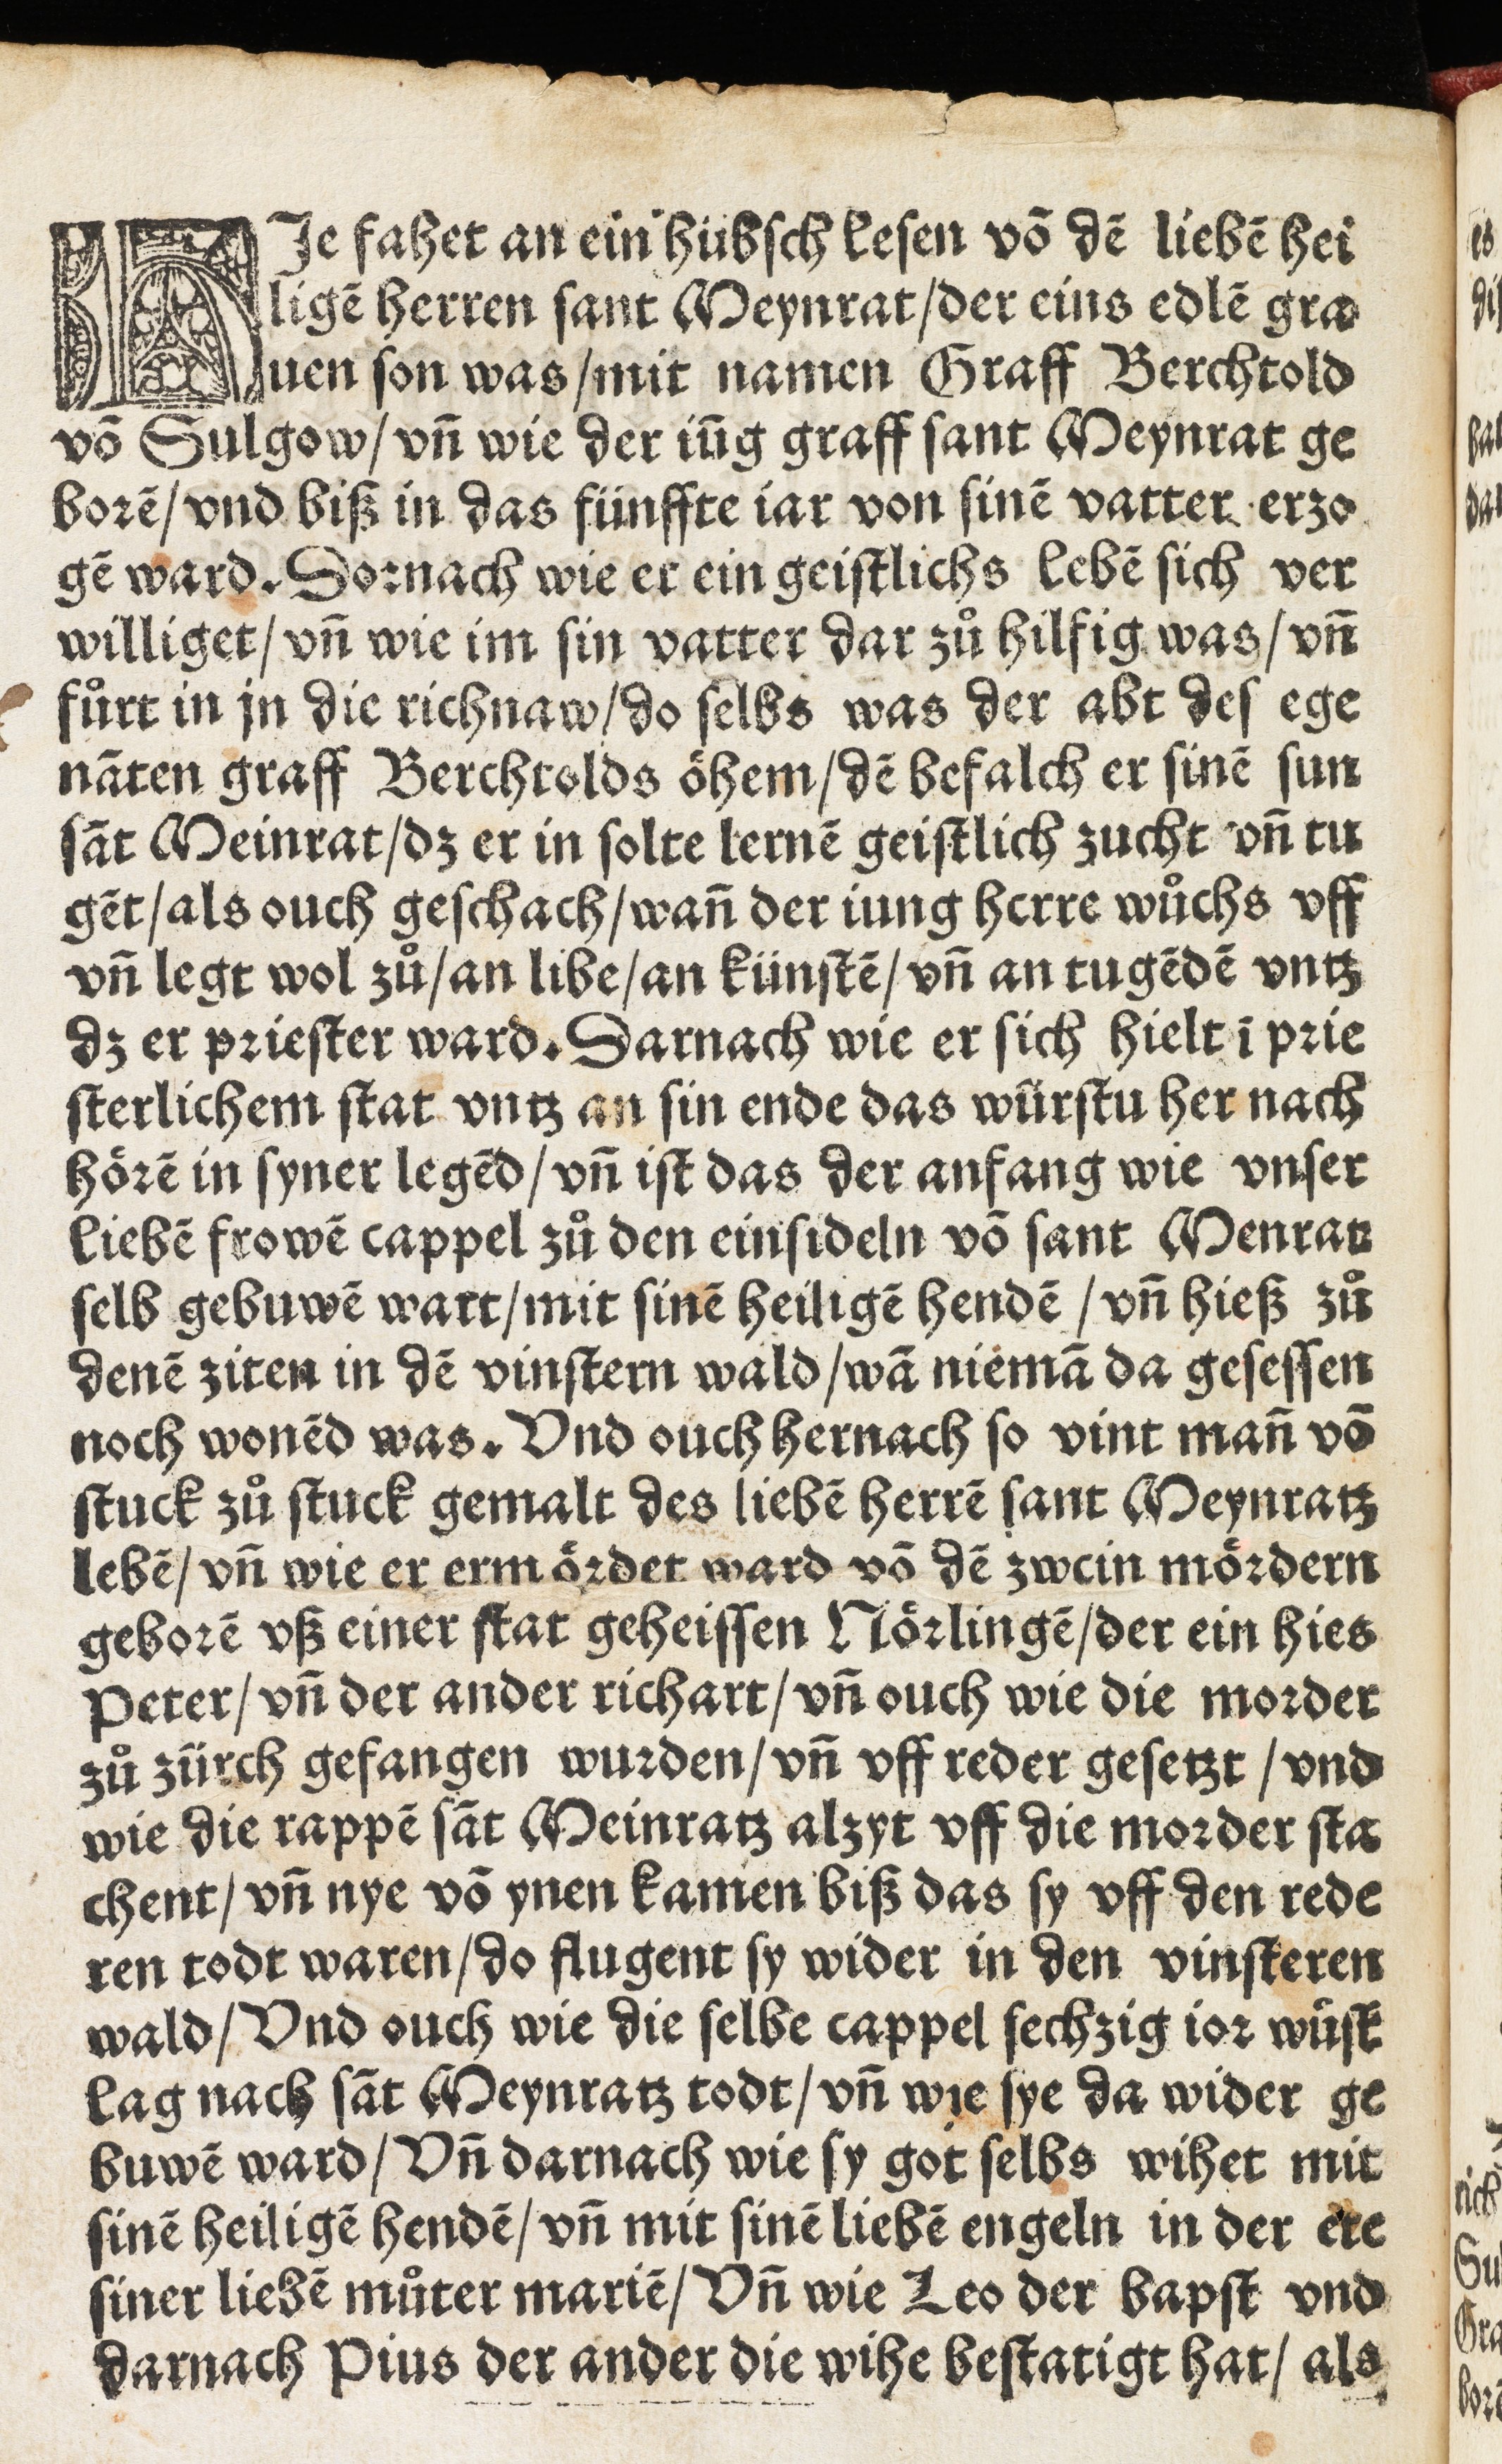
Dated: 1505–1505